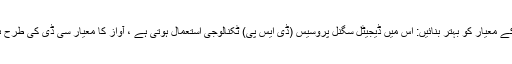
1 آواز کے معیار کو بہتر بنائیں: اس میں ڈیجیٹل سگنل پروسیس (ڈی ایس پی) ٹکنالوجی استعمال ہوتی ہے ، آواز کا معیار سی ڈی کی طرح ہوتا ہے۔